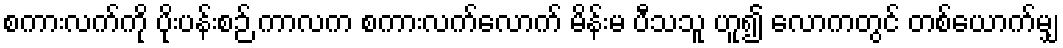
စကားလက်ကို ပိုးပန်းစဉ် ကာလက စကားလက်လောက် မိန်းမ ပီသသူ ဟူ၍ လောကတွင် တစ်ယောက်မျှ